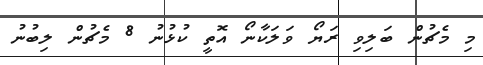
މި މެޗުން ބަލިވި ރަޔޯ ވަލަކާނޯ އޮތީ ކުޅުނު 8 މެޗުން ލިބުނު